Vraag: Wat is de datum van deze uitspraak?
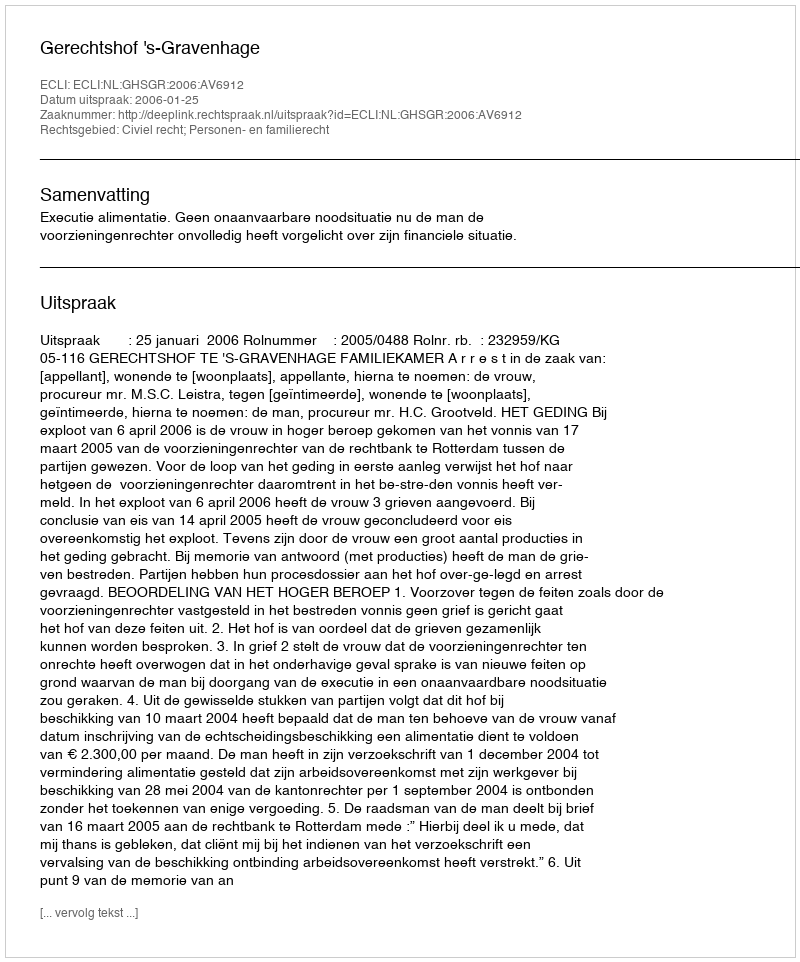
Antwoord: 2006-01-25